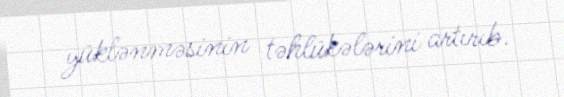
yüklənməsinin təhlükələrini artırıb.